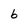
Character: b